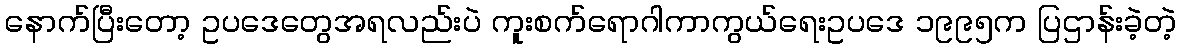
နောက်ပြီးတော့ ဥပဒေတွေအရလည်းပဲ ကူးစက်ရောဂါကာကွယ်ရေးဥပဒေ ၁၉၉၅က ပြဌာန်းခဲ့တဲ့